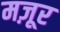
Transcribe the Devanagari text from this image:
मज़ूर